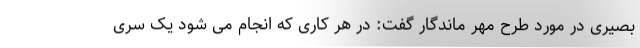
بصیری در مورد طرح مهر ماندگار گفت: در هر کاری که انجام می شود یک سری